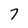
Character: 7